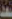
سعد